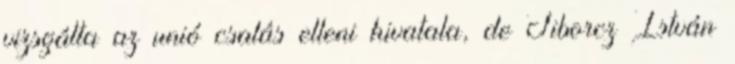
vizsgálta az unió csalás elleni hivatala, de Tiborcz István